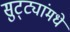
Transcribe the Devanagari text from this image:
सुट्ट्यांमधे